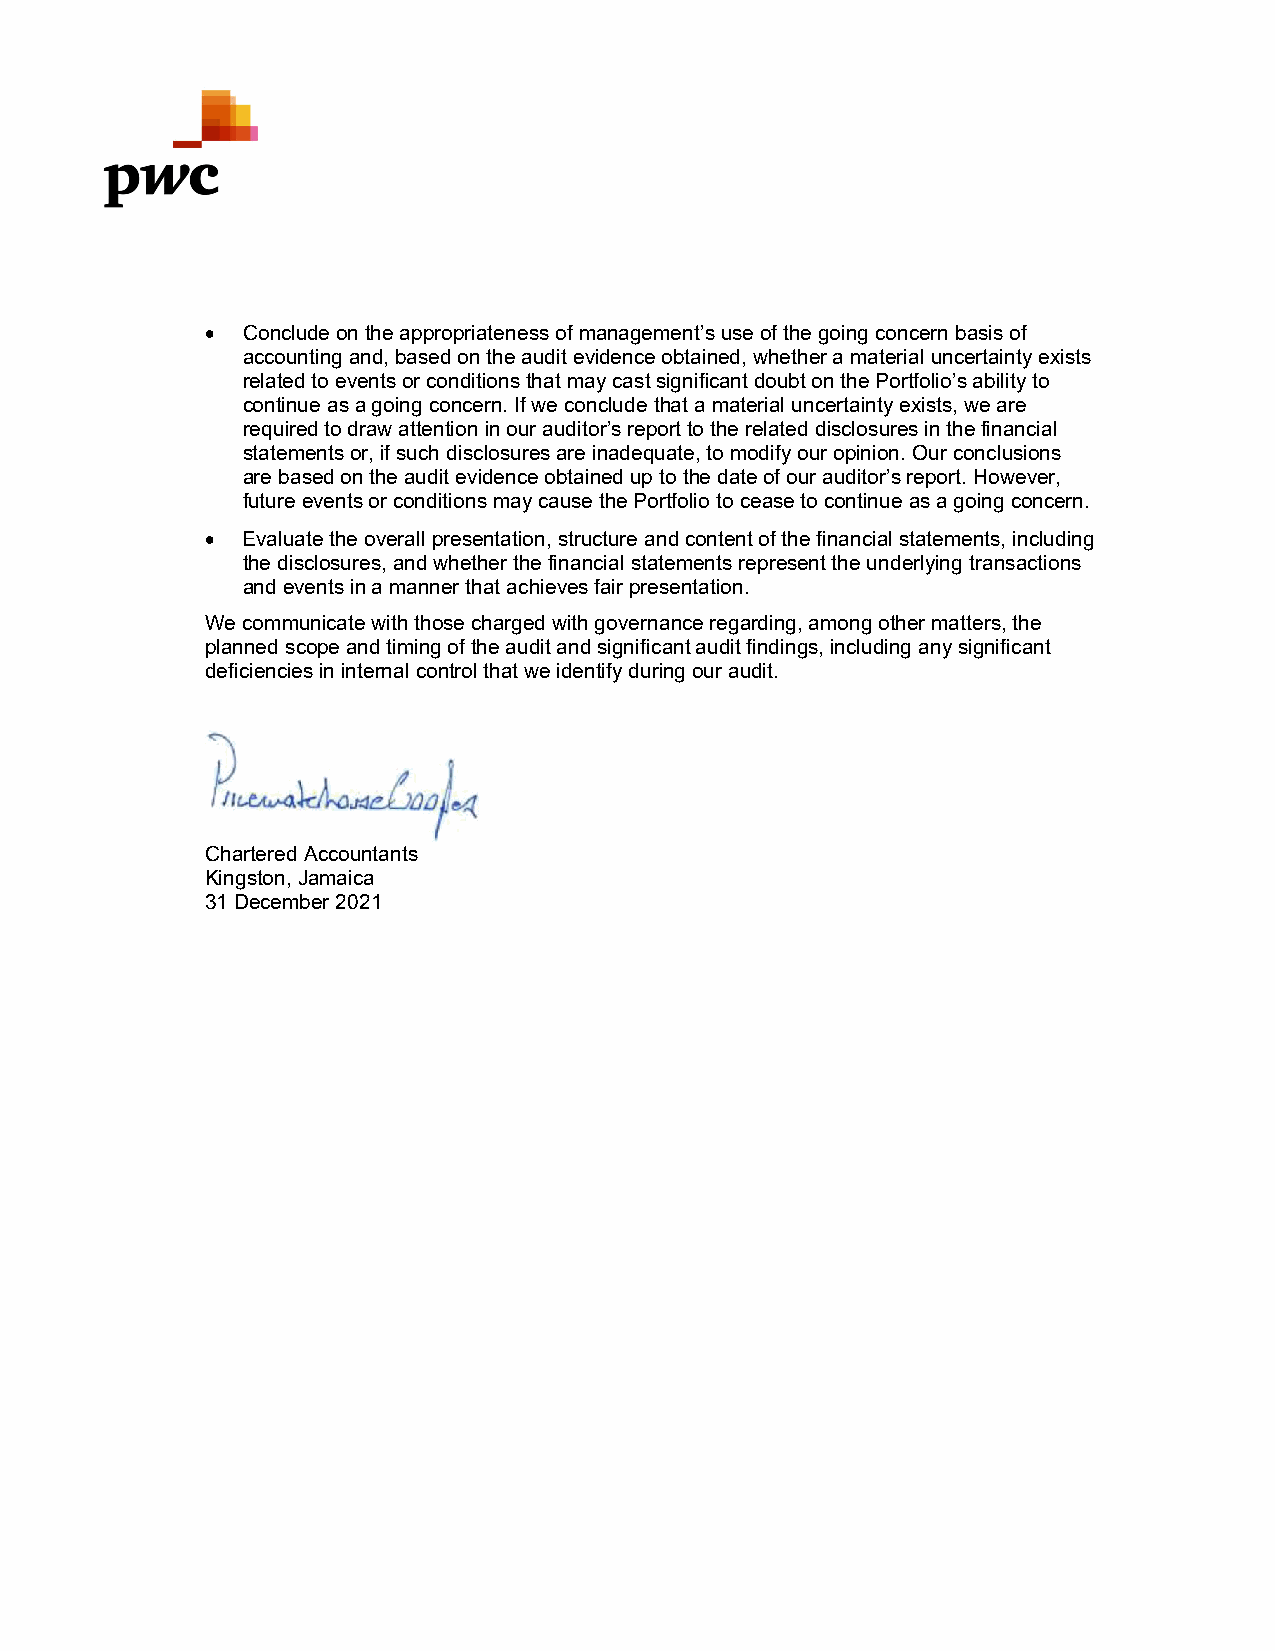
 Conclude on the appropriateness of management’s use of the going concern basis of
 accounting and, based on the audit evidence obtained, whether a material uncertainty exists
 related to events or conditions that may cast significant doubt on the Portfolio’s ability to
 continue as a going concern. If we conclude that a material uncertainty exists, we are
 required to draw attention in our auditor’s report to the related disclosures in the financial
 statements or, if such disclosures are inadequate, to modify our opinion. Our conclusions
 are based on the audit evidence obtained up to the date of our auditor’s report. However,
 future events or conditions may cause the Portfolio to cease to continue as a going concern.
  Evaluate the overall presentation, structure and content of the financial statements, including
 the disclosures, and whether the financial statements represent the underlying transactions
 and events in a manner that achieves fair presentation.
 We communicate with those charged with governance regarding, among other matters, the
 planned scope and timing of the audit and significant audit findings, including any significant
 deficiencies in internal control that we identify during our audit.
 Chartered Accountants
 Kingston, Jamaica
 31 December 2021